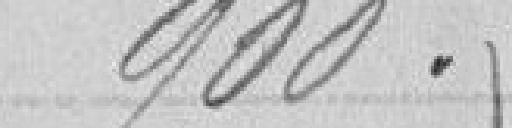
900